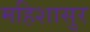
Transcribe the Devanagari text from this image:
महिशासुर